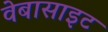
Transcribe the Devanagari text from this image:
वेबासाइट